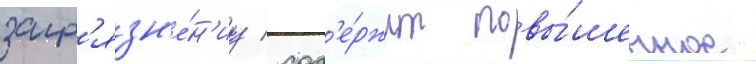
загр'язн'е́н'иу / сод'е́ржит повы́шенное